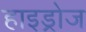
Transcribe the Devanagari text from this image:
हाइड्रोज